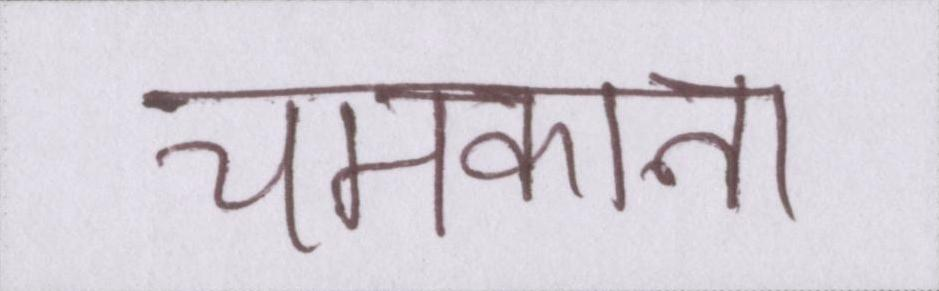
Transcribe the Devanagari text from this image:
चमकाना